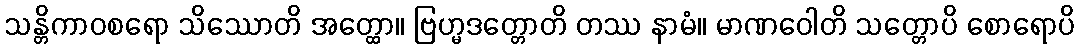
သန္တိကာဝစရော သိဿောတိ အတ္ထော။ ဗြဟ္မဒတ္တောတိ တဿ နာမံ။ မာဏဝေါတိ သတ္တောပိ စောရောပိ